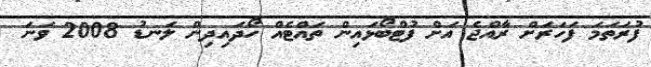
ފުރަތަމަ ފަހަރަށް ރާއްޖެ އަށް ފުޓްބޯޅައިން ތައްޓެއް ހޯދައިދިން ލަނޑު 2008 ވަނަ